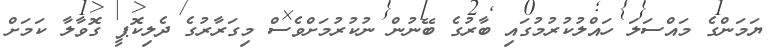
ޔަމަންގެ މައްސަލަ ހައްލުކުރުމުގައި ބާރުގެ ބޭނުން ނުކުރުމަށްވެސް މިގަރާރުގެ ދެލިކޮޕީ ގޮވާލާ ކަމަށް